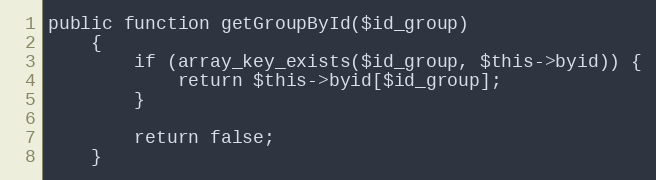
Language: PHP
public function getGroupById($id_group)
    {
        if (array_key_exists($id_group, $this->byid)) {
            return $this->byid[$id_group];
        }

        return false;
    }